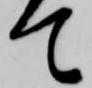
て